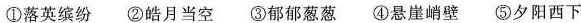
①落英缤纷 ②皓月当空 ③郁郁葱葱 ④悬崖峭壁 ⑤夕阳西下